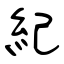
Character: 紀